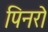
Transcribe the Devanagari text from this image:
पिनरो